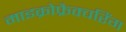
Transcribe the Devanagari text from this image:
माइक्रोफ्रैक्चरिंग